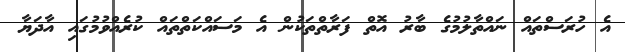
އެ ހުރަސްތައް ނައްތާލުމުގެ ބާރު އޮތް ފަރާތްތަކުން އެ މަސައްކަތްތައް ކުރެއްވުމުގައި އާދަޔާ